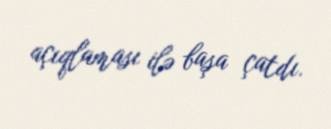
açıqlaması ilə başa çatdı.